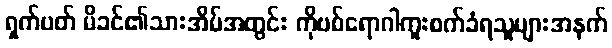
ရှက်ပတ် မိခင်၏သားအိမ်အတွင်း ကိုဗစ်ရောဂါကူးစက်ခံရသူများအနက်